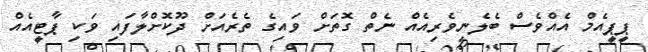
ޕީޕީއެމް އެއްވެސް ބެލެނިވެރިއެއް ނެތް ގޮތަށް ވައިގެ ތެރެއަށް ދޫކޮށްލާފައި ވަކި ޕާޓީއެއް